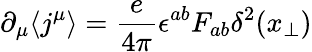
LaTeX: \partial_{\mu}\langle j^{\mu}\rangle=\frac{e}{4\pi}\epsilon^{ab}F_{ab}\delta^{2}(x_{\perp})